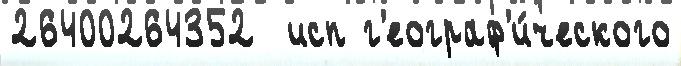
26400264352  исп г'еограф'и́ческого